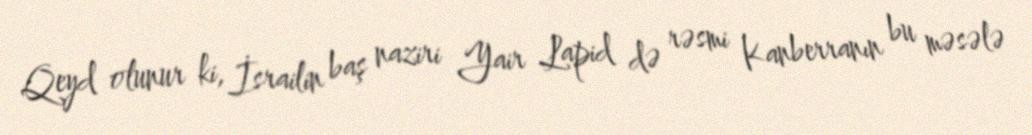
Qeyd olunur ki, İsrailin baş naziri Yair Lapid də rəsmi Kanberranın bu məsələ